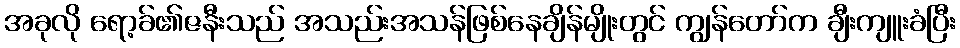
အခုလို ရော့ခ်၏ဇနီးသည် အသည်းအသန်ဖြစ်နေချိန်မျိုးတွင် ကျွန်တော်က ချီးကျူးခံပြီး